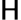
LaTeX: \mathsf{H}